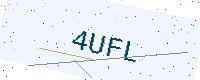
Text: 4UFL